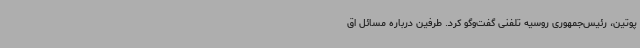
پوتین، رئیس‌جمهوری روسیه تلفنی گفت‌وگو کرد. طرفین درباره مسائل اق